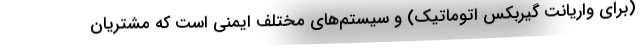
(برای واریانت گیربکس اتوماتیک) و سیستم‌های مختلف ایمنی است که مشتریان